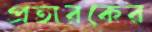
প্রতারকের